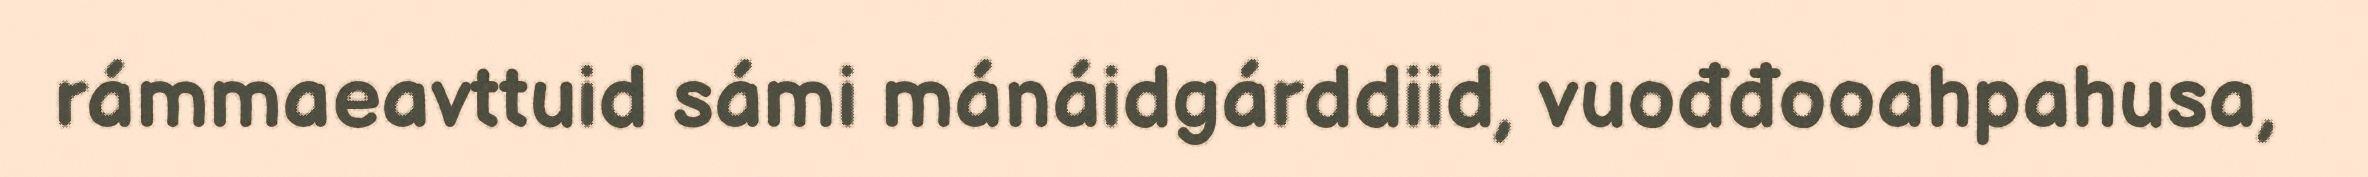
rámmaeavttuid sámi mánáidgárddiid, vuođđooahpahusa,